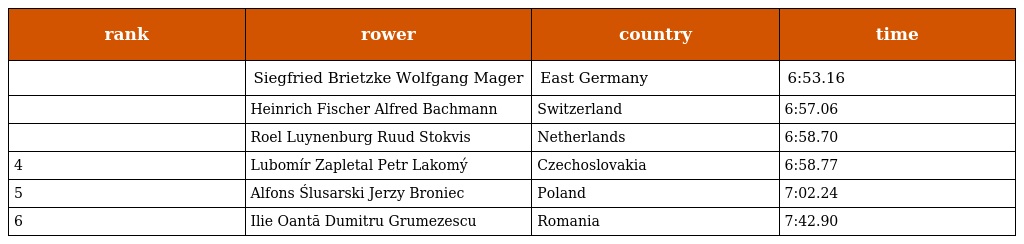
| rank | rower | country | time |
 | --- | --- | --- | --- |
 |  | Siegfried Brietzke Wolfgang Mager | East Germany | 6:53.16 |
 |  | Heinrich Fischer Alfred Bachmann | Switzerland | 6:57.06 |
 |  | Roel Luynenburg Ruud Stokvis | Netherlands | 6:58.70 |
 | 4 | Lubomír Zapletal Petr Lakomý | Czechoslovakia | 6:58.77 |
 | 5 | Alfons Ślusarski Jerzy Broniec | Poland | 7:02.24 |
 | 6 | Ilie Oantă Dumitru Grumezescu | Romania | 7:42.90 |